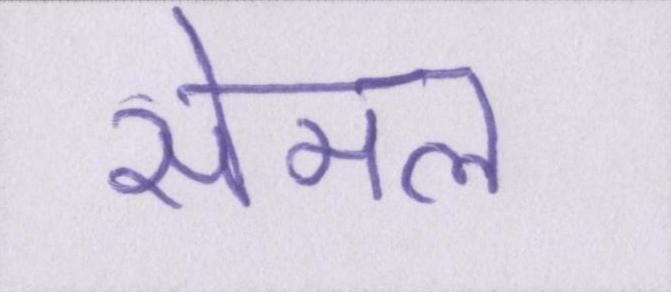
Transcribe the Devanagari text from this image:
सेमल